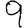
Digit: 9